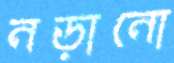
নড়ানো